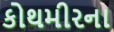
કોથમીરના